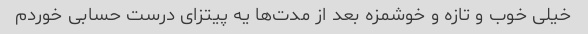
خیلی خوب و تازه و خوشمزه بعد از مدت‌ها یه پیتزای درست حسابی خوردم